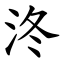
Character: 泈